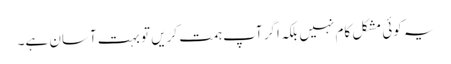
یہ کوئی مشکل کام نہیں بلکہ اگر آپ ہمت کریں تو بہت آسان ہے۔